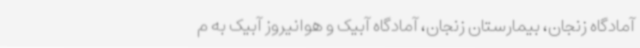
آمادگاه زنجان، بیمارستان زنجان، آمادگاه آبیک و هوانیروز آبیک به م